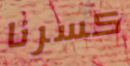
كسرنا